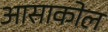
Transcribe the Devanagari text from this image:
आसाकोल